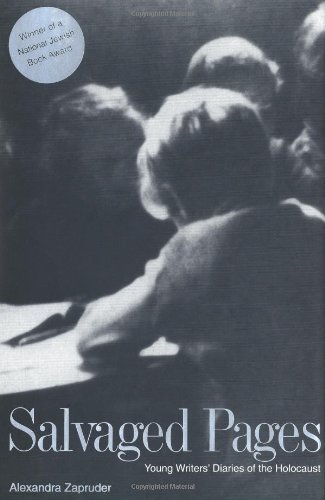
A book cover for Salvaged Pages: Young Writers' Diaries of the Holocaust; Alexandra Zapruder; Biographies & Memoirs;